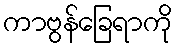
ကာဗွန်ခြေရာကို